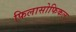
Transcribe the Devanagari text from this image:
फिलासोफिकल